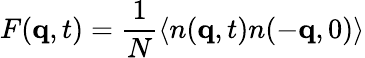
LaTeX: F(\mathbf{q},t)=\frac{1}{N}\langle n(\mathbf{q},t)n(-\mathbf{q},0)\rangle